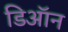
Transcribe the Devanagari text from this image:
डिऑन